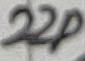
Text: 22p